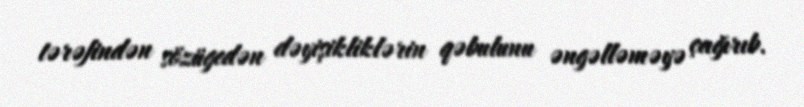
tərəfindən sözügedən dəyişikliklərin qəbulunu əngəlləməyə çağırıb.